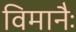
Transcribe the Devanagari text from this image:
विमानैः